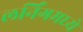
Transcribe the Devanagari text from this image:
लर्निंगमध्ये